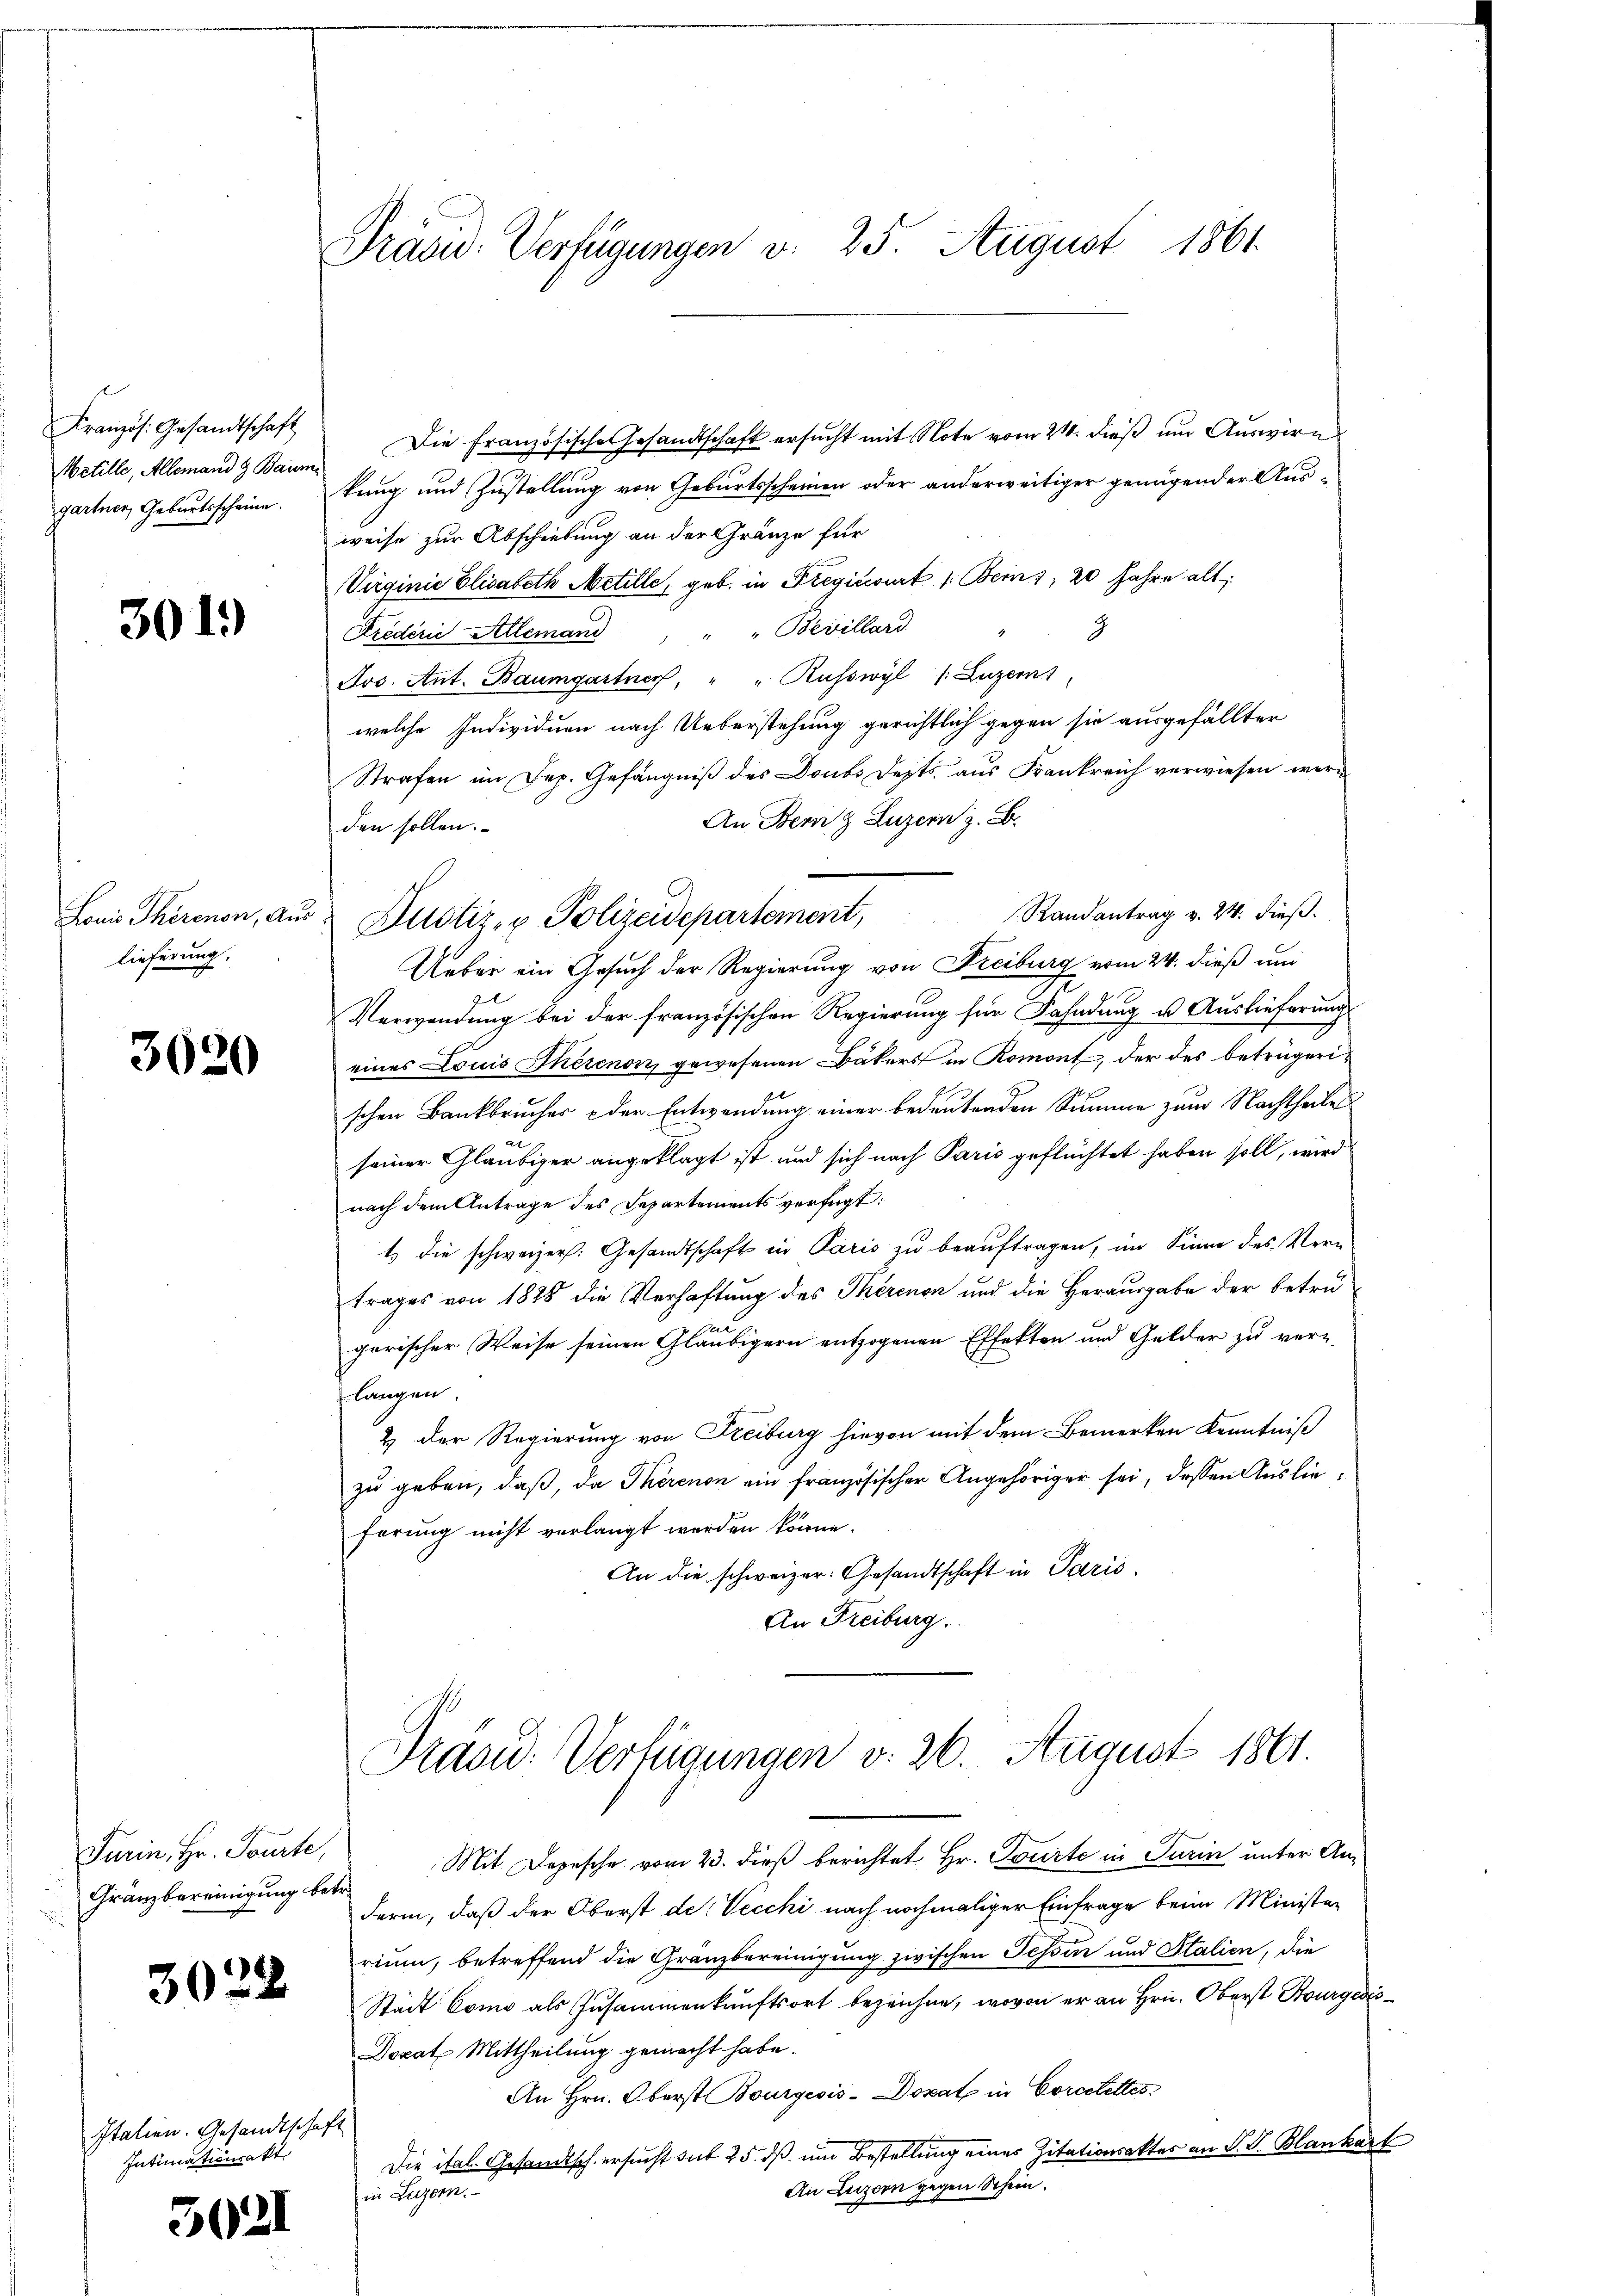
Kranzös. Gesandtschaft
Metille, Allemand & Baum
gartner, Geburtsscheine.

301.

Louis Thörenon, Aus
lieferung.

3620

Turin, Hr. Tourte,
Granzbereinigung betr.

3022

Italien. Gesandtschaft
Intimationsakt

5021

Präsid. Verfügungen v. 25. August 1861.

Die Französisches Gesandtschaft ersucht mit Note vom 21. dieß um Auswirn
kung und Zustellung von Geburtsscheinen oder anderweitiger genügender Aus-
weise zur Abschiebung an der Gränze für
Virginie Elisabeth Netille, geb. in Fregiccourt 1. Bern), 20 Jahre alt,
3
Arederić Allemand " " Bevillard.
Jos. Ant. Baumgartner, " " Russwyl /: Luzern
welche Individuen nach Ueberstehung gerichtlich gegen sie ausgefällter
Strafen im Dep. Gefängniß des Doubs Fests, aus Frankreich verwiesen werd
An Bern Luzern z. B.
den sollen.
Randantrag v. 24. dieß.
2 Justiz- u. Polizeidepartement,
Ueber ein Gesuch der Regierung von Freiburg vom 24. dieß un
Verwendung bei der französischen Regierung für Fahndung u. Auslieferung
eines Louis Therenon gewesenen Bäkers in Romont, der des beträgerischen Bankbrucher der Entwendung einer bedeutenden Summe zum Nachtheile
seiner Gläubiger angeklagt ist und sich nach Paris geflüchtet haben soll, wird
nach dem Antrage des Departements verfügt:
t die schweizer. Gesandtschaft in Paris zu beaŭftragen, im Sinne des Vern
trages von 1828 die Verhaftung des Therenen und die Herausgabe der betrügarischer Weise seinen Gläubigern entzogenen Effekten und Gelder zu ver-
langen
2.) Der Regierung von Freiburg hievon mit dem Bemerken Kenntniß
zu geben, daß, da Therenon ein französischer Angehöriger sei, dessen Auslieferung nicht verlangt werden könne.
An die schweizer. Gesandtschaft in Paris.
An Freiburg.

Präsid. Verfügungen v. 26. August 1861.

Mit Depesche vom 23. dieß berichtet Hr. Tourte in Turin unter An¬
Ferm, daß der Oberst der Vecchi nach nochmaliger Einfrage beim Minister
rium, betreffend die Granzbereinigung zwischen Tessin und Stalien, die
Stadt Como als Zusammenkunftsort bezeichne, wovon er an Hrn. Oberst Bourgeris¬
Dozat Mittheilung gemacht habe.
An Hrn. Oberst Bourgeois-Dokat in Corcelettes
Die ital. Gesandtsch ersucht sub 25. dß um Bestellung eines Zitationsaktes an P. G. Blankart
An Luzern gegen Schein.
in Luzern.